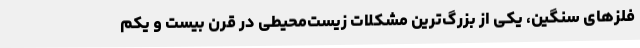
فلزهای سنگین، یکی از بزرگ‌ترین مشکلات زیست‌محیطی در قرن بیست و یکم